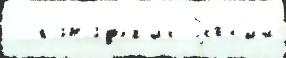
  кана́дск'их Росс'и́и